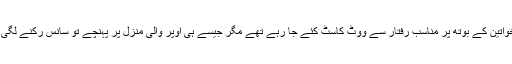
خواتین کے بوتھ پر مناسب رفتار سے ووٹ کاسٹ کئے جا رہے تھے مگر جیسے ہی اوپر والی منزل پر پہنچے تو سانس رکنے لگی ۔